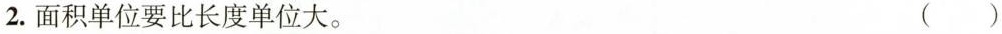
2. 面积单位要比长度单位大。 ( )